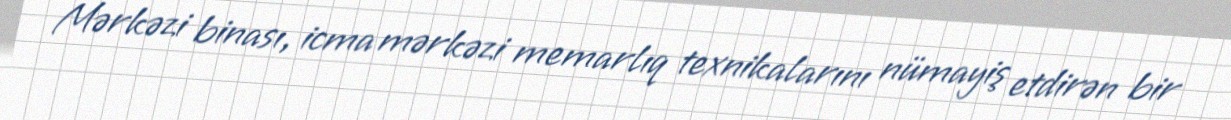
Mərkəzi binası, icma mərkəzi memarlıq texnikalarını nümayiş etdirən bir